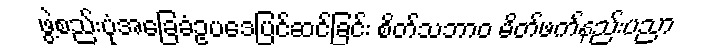
ဖွဲ့စည်းပုံအခြေခံဥပဒေပြင်ဆင်ခြင်း စိတ်သဘာဝ မိတ်ဖက်နည်းပညာ